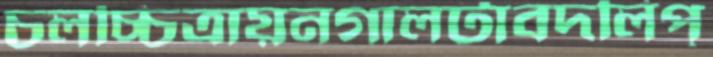
চলচ্চিত্রায়নগালটাবদলিপ্